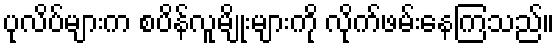
ပုလိပ်များက စပိန်လူမျိုးများကို လိုက်ဖမ်းနေကြသည်။